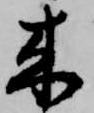
来